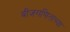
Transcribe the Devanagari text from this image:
बीजगणिताच्या